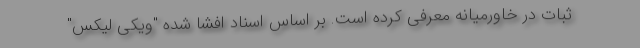
ثبات در خاورمیانه معرفی کرده است. بر اساس اسناد افشا شده "ویکی لیکس"